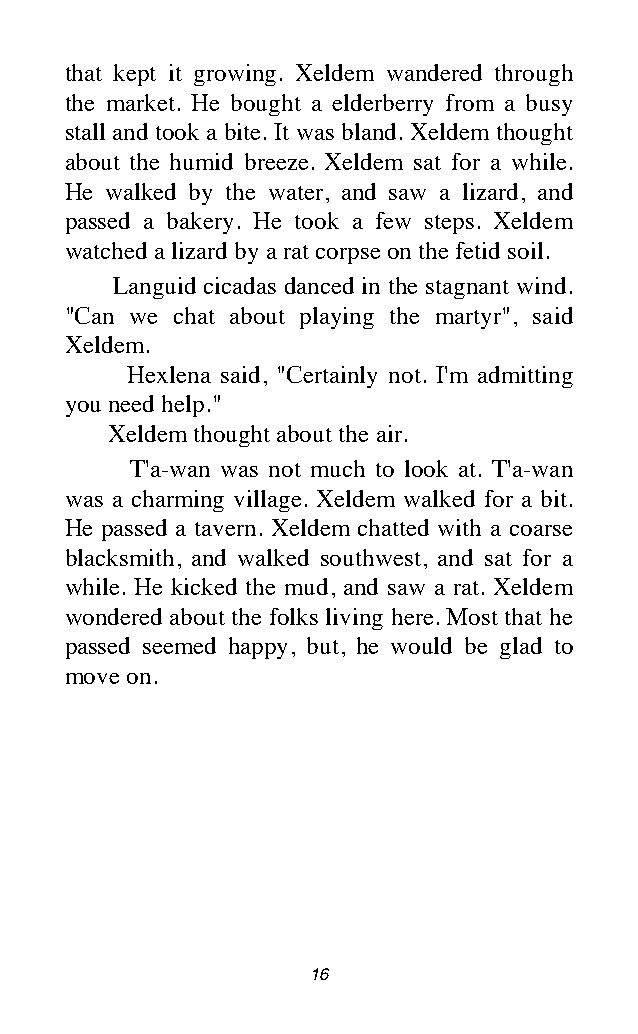
that kept it growing. Xeldem wandered through
 the market. He bought a elderberry from a busy
 stall and took a bite. It was bland. Xeldem thought
 about the humid breeze. Xeldem sat for a while.
 He walked by the water, and saw a lizard, and
 passed a bakery. He took a few steps. Xeldem
 watched a lizard by a rat corpse on the fetid soil.
 Languid cicadas danced in the stagnant wind.
 "Can we chat about playing the martyr", said
 Xeldem.
 Hexlena said, "Certainly not. I'm admitting
 you need help."
 Xeldem thought about the air.
 T'a-wan was not much to look at. T'a-wan
 was a charming village. Xeldem walked for a bit.
 He passed a tavern. Xeldem chatted with a coarse
 blacksmith, and walked southwest, and sat for a
 while. He kicked the mud, and saw a rat. Xeldem
 wondered about the folks living here. Most that he
 passed seemed happy, but, he would be glad to
 move on.
 16